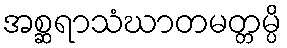
အစ္ဆရာသံဃာတမတ္တမ္ပိ